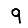
Digit: 9